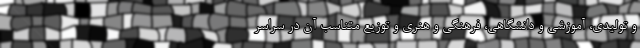
و تولیدی، آموزشی و دانشگاهی، فرهنگی و هنری و توزیع متناسب آن در سراسر